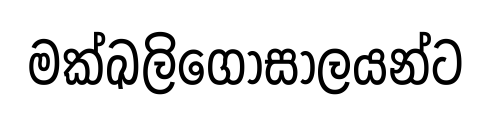
මක්ඛලිගෝසාලයන්ට